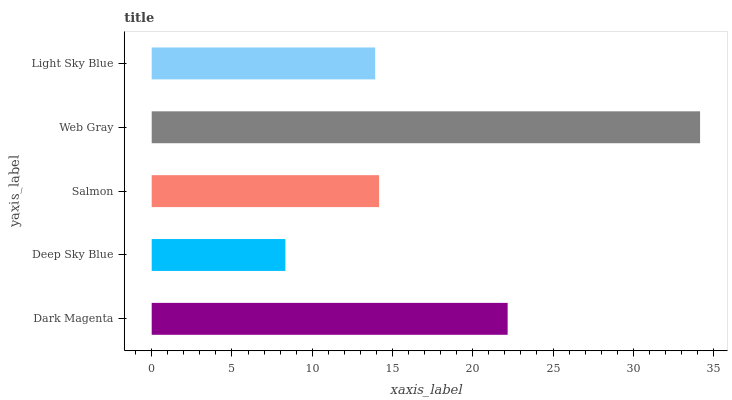
| yaxis_label | bars |
 | --- | --- |
 | Dark Magenta | 22.2 |
 | Deep Sky Blue | 8.33 |
 | Salmon | 14.2 |
 | Web Gray | 34.2 |
 | Light Sky Blue | 13.9 |